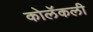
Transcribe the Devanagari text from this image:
कोलॅकली